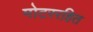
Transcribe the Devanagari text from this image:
मोटररहित